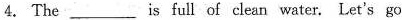
4.The ______is full of clean water. Let's go